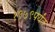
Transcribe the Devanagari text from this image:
१९७९पर्यंत